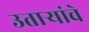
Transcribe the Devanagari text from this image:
उतार्‍यांचे